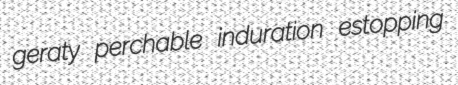
geraty perchable induration estopping